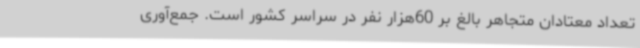
تعداد معتادان متجاهر بالغ بر 60هزار نفر در سراسر کشور است. جمع‌آوری